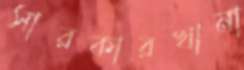
সারকারখানা